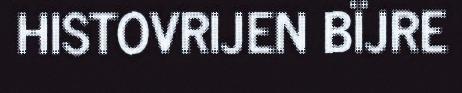
HISTOVRIJEN BÏJRE